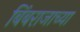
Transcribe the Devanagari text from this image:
बिंबराजाच्या